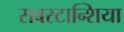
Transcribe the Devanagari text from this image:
सबस्टान्शिया